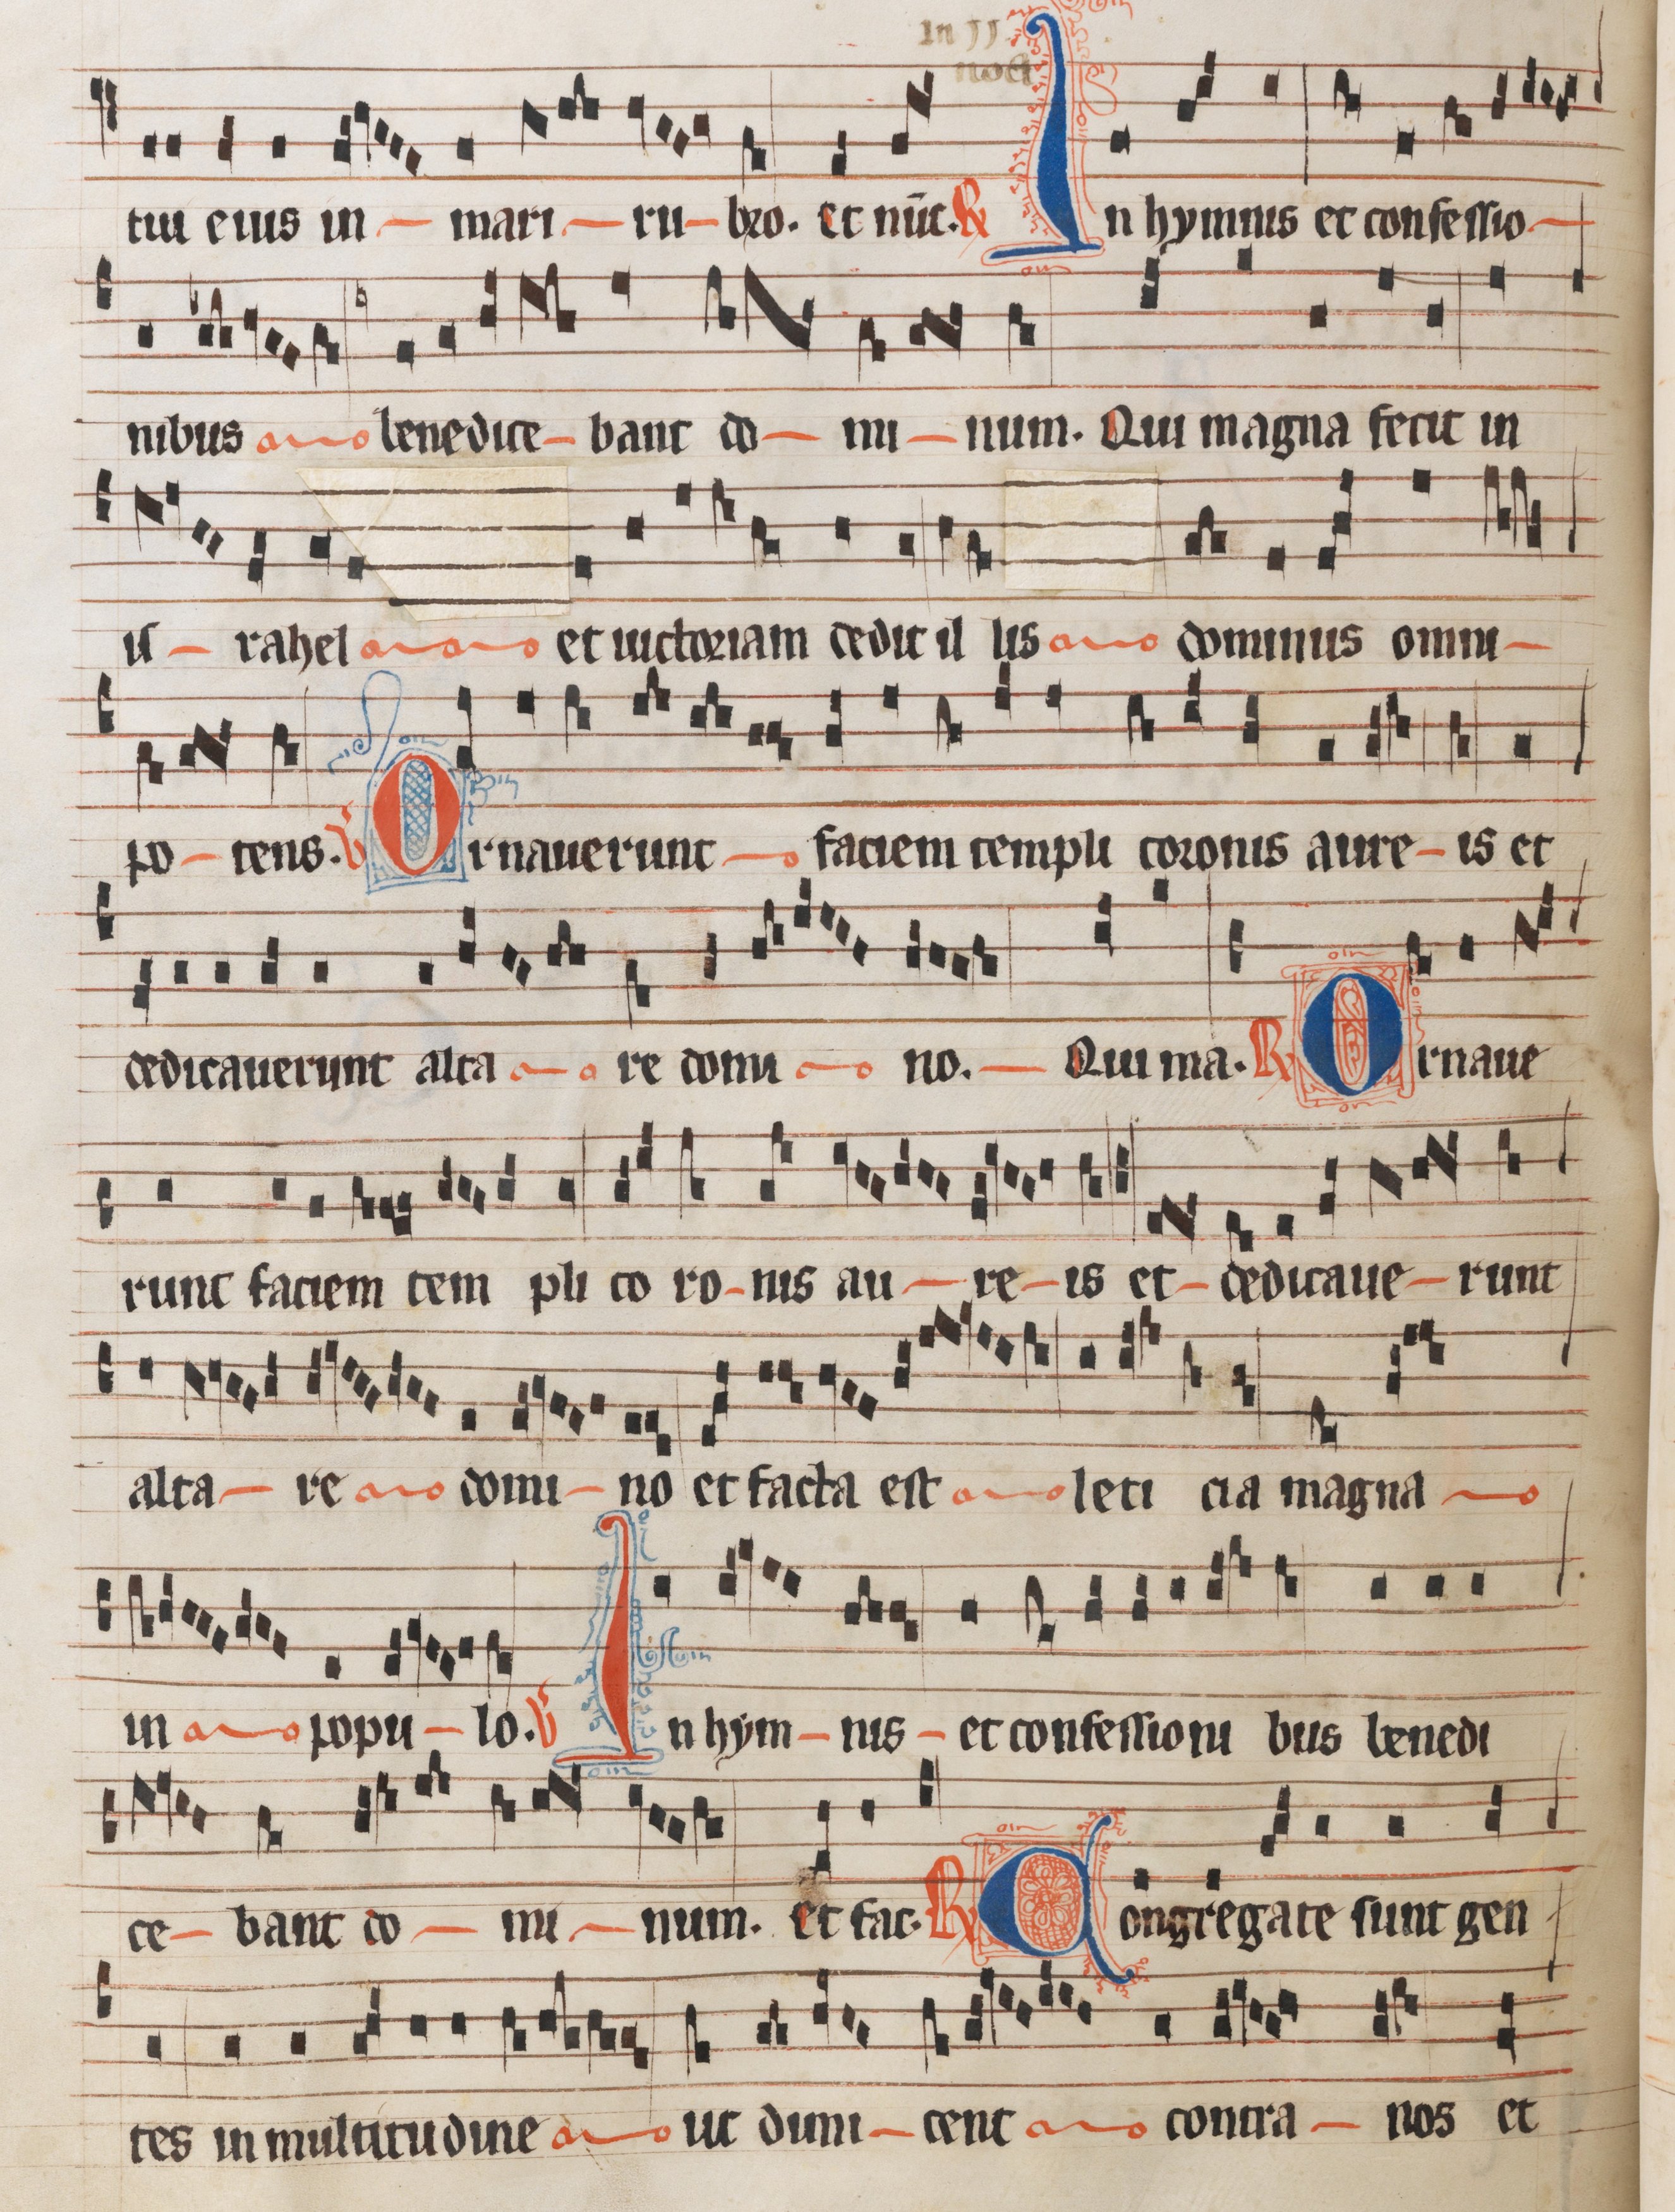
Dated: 1300–1349